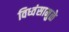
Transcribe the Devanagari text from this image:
विध्वंसामुळे